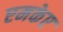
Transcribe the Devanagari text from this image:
एमकेए